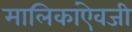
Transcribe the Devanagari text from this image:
मालिकांऐवजी